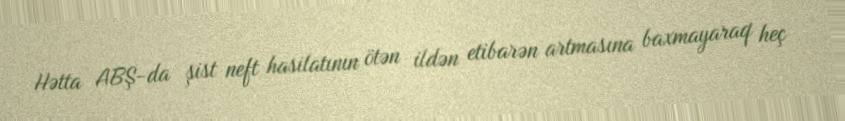
Hətta ABŞ-da şist neft hasilatının ötən ildən etibarən artmasına baxmayaraq heç